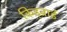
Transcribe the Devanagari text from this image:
किड्बाई